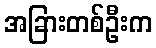
အခြားတစ်ဦးက